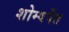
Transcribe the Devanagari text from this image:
शोम्वर्पेत